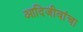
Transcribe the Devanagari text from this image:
आदिजीवांचा